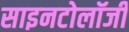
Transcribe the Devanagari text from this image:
साइनटोलॉजी